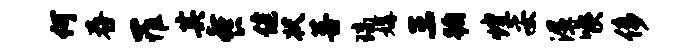
何舂罹其餐健状菩璃媾三蹰煌妥湿喉侈